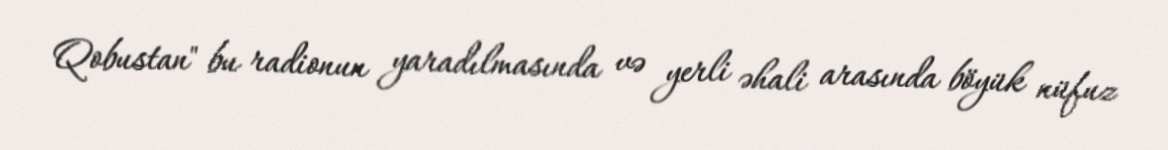
Qobustan" bu radionun yaradılmasında və yerli əhali arasında böyük nüfuz